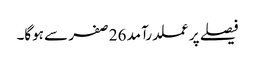
فیصلے پر عملدرآمد 26 صفر سے ہوگا۔